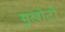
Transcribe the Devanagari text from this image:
मुखोटों